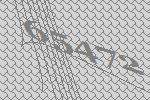
65472